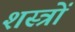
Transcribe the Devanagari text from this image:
शस्‍त्रों